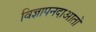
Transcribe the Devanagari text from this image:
विज्ञापनदाआतों